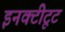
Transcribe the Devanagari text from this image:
इनक्टीटूट